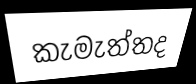
කැමැත්තද